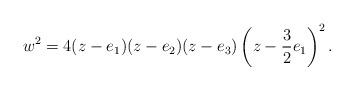
LaTeX: \begin{align*}w^2=4(z-e_1)(z-e_2)(z-e_3)\left(z-{3\over2}e_1\right)^2.\end{align*}